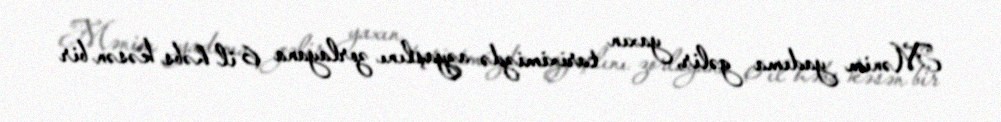
Mənim yadıma gəlir, yaxın tariximizdə azyaşlını zorlayana 6 il həbs kəsən bir